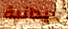
ميدانية